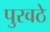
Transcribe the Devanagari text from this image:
पुरवठे